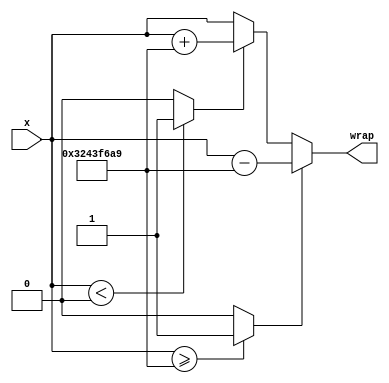
// -------------------------------------------------------------
// 
// 
// Generated by MATLAB 8.2 and HDL Coder 3.3
// 
// -------------------------------------------------------------


// -------------------------------------------------------------
// 
// Module: controllerHdl_Wrap_2pi_Once
// Source Path: controllerHdl/Field_Oriented_Control/Open_Loop_Control/Generate_Position_And_Voltage_Ramp/Electrical_Velocity_To_Position/Wrap_2pi_Once
// Hierarchy Level: 6
// 
// -------------------------------------------------------------

`timescale 1 ns / 1 ns

module controllerHdl_Wrap_2pi_Once
          (
           x,
           wrap
          );


  input   signed [31:0] x;  // sfix32_En27
  output  signed [31:0] wrap;  // sfix32_En27


  wire signed [31:0] Two_Pi1_out1;  // sfix32_En27
  wire Relational_Operator_relop1;
  wire signed [31:0] Two_Pi3_out1;  // sfix32_En27
  wire Relational_Operator1_relop1;
  wire signed [31:0] Two_Pi2_out1;  // sfix32_En27
  wire signed [31:0] Add2_out1;  // sfix32_En27
  wire signed [31:0] Switch1_out1;  // sfix32_En27
  wire signed [31:0] Two_Pi_out1;  // sfix32_En27
  wire signed [31:0] Add1_out1;  // sfix32_En27
  wire signed [31:0] Switch_out1;  // sfix32_En27

  // Wrap 2pi Once


  // <S25>/Two Pi1
  assign Two_Pi1_out1 = 32'sb00110010010000111111011010101001;



  // <S25>/Relational Operator
  assign Relational_Operator_relop1 = (x >= Two_Pi1_out1 ? 1'b1 :
              1'b0);



  // <S25>/Two Pi3
  assign Two_Pi3_out1 = 32'sb00000000000000000000000000000000;



  // <S25>/Relational Operator1
  assign Relational_Operator1_relop1 = (x < Two_Pi3_out1 ? 1'b1 :
              1'b0);



  // <S25>/Two Pi2
  assign Two_Pi2_out1 = 32'sb00110010010000111111011010101001;



  // <S25>/Add2
  assign Add2_out1 = x + Two_Pi2_out1;



  // <S25>/Switch1
  assign Switch1_out1 = (Relational_Operator1_relop1 == 1'b0 ? x :
              Add2_out1);



  // <S25>/Two Pi
  assign Two_Pi_out1 = 32'sb00110010010000111111011010101001;



  // <S25>/Add1
  // 
  // <S25>/Position_Hi_Data_Type
  assign Add1_out1 = x - Two_Pi_out1;



  // <S25>/Switch
  assign Switch_out1 = (Relational_Operator_relop1 == 1'b0 ? Switch1_out1 :
              Add1_out1);



  assign wrap = Switch_out1;

endmodule  // controllerHdl_Wrap_2pi_Once